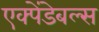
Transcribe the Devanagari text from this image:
एक्पेंडेबल्स